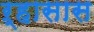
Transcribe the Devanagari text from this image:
ऱ्हासास